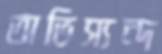
অভিস্যন্দ